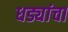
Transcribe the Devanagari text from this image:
धड्यांचा